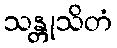
သန္တုသိတံ